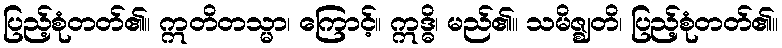
ပြည့်စုံတတ်၏။ ဣတိတသ္မာ၊ ကြောင့်။ ဣဒ္ဓိ၊ မည်၏။ သမိဇ္ဈတိ၊ ပြည့်စုံတတ်၏။